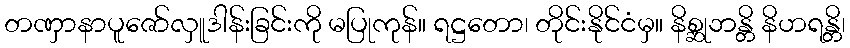
တဏှာနာပူဇော်လှူဒါန်းခြင်းကို မပြုကုန်။ ရဋ္ဌတော၊ တိုင်းနိုင်ငံမှ။ နိစ္ဆုဘန္တိ နိဟရန္တိ၊